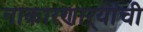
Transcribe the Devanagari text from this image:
नाकारणाऱ्यांची